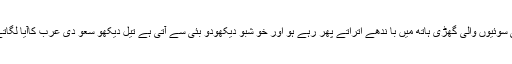
ابھی جوان بھی نہیں ہوا اور راڈو سو نے کی سوئیوں والی گھڑی ہاتھ میں با ندھے اتراتے پھر رہے ہو اور خو شبو دیکھودو بئی سے آتی ہے تیل دیکھو سعو دی عرب کاآیا لگاتے ہو اور کیا سرخاب کے پرلگا دو ں تمہیں۔